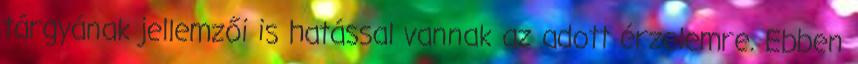
tárgyának jellemzői is hatással vannak az adott érzelemre. Ebben